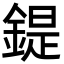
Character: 鍉